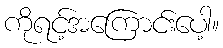
ကိုရင့်အကြောင်းပေါ့။